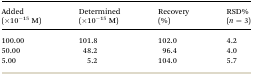
<table><thead><tr><td><b>Added (×10<sup>–15</sup> M)</b></td><td><b>Determined (×10<sup>–15</sup> M)</b></td><td><b>Recovery (%)</b></td><td><b>RSD% (<i>n</i> = 3)</b></td></tr></thead><tbody><tr><td>100.00</td><td>101.8</td><td>102.0</td><td>4.2</td></tr><tr><td>50.00</td><td>48.2</td><td>96.4</td><td>4.0</td></tr><tr><td>5.00</td><td>5.2</td><td>104.0</td><td>5.7</td></tr></tbody></table>